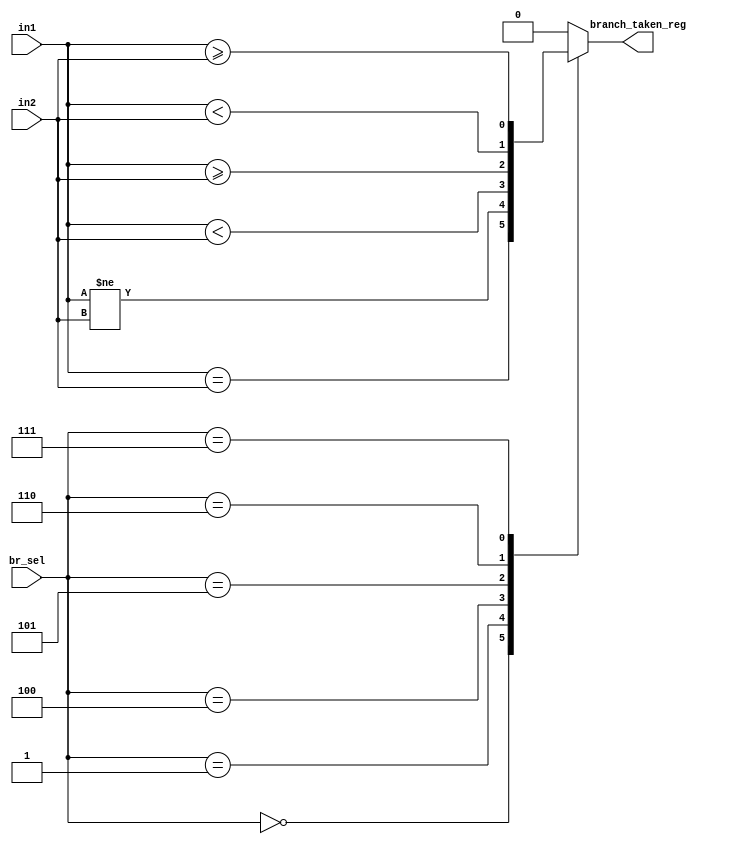
`timescale 1ns / 1ps
//////////////////////////////////////////////////////////////////////////////////
// Company: 
// Engineer: 
// 
// Design Name: 
// Module Name: check_branch
// Project Name: 
// Target Devices: 
// Tool Versions: 
// Description: 
// 
// Dependencies: 
// 
// Revision:
// Revision 0.01 - File Created
// Additional Comments:
// 
//////////////////////////////////////////////////////////////////////////////////


module check_branch (
    input wire [31:0] in1,       // Value from source register 1
    input wire [31:0] in2,       // Value from source register 2
    input wire [2:0]  br_sel,    // Branch type selector
    output reg branch_taken_reg    // Output indicating whether to take the branch
);

//    reg branch_taken_reg;       
    
    always @(*) begin
        
        branch_taken_reg = 0;
        
        // Implement branch conditions based on br_sel
        case (br_sel)
            3'b000: branch_taken_reg = ($signed(in1) == $signed(in2)); // BEQ
            3'b001: branch_taken_reg = ($signed(in1) != $signed(in2)); // BNE
            3'b100: branch_taken_reg = ($signed(in1) < $signed(in2)); // BLT
            3'b101: branch_taken_reg = ($signed(in1) >= $signed(in2)); // BGE
            3'b110: branch_taken_reg = (in1 < in2); // BLTU
            3'b111: branch_taken_reg = (in1 >= in2); // BGEU
            
            default: branch_taken_reg = 0;
        endcase
    end


endmodule